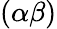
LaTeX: (\alpha\beta)